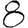
Digit: 8